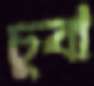
চুবা